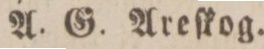
A. G. Areſkog.